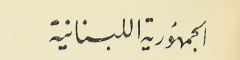
الجمهُورية اللبنانية